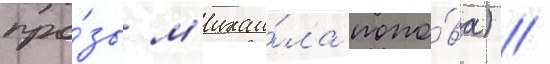
про́зы м'ихаи́ла попо́ва) /